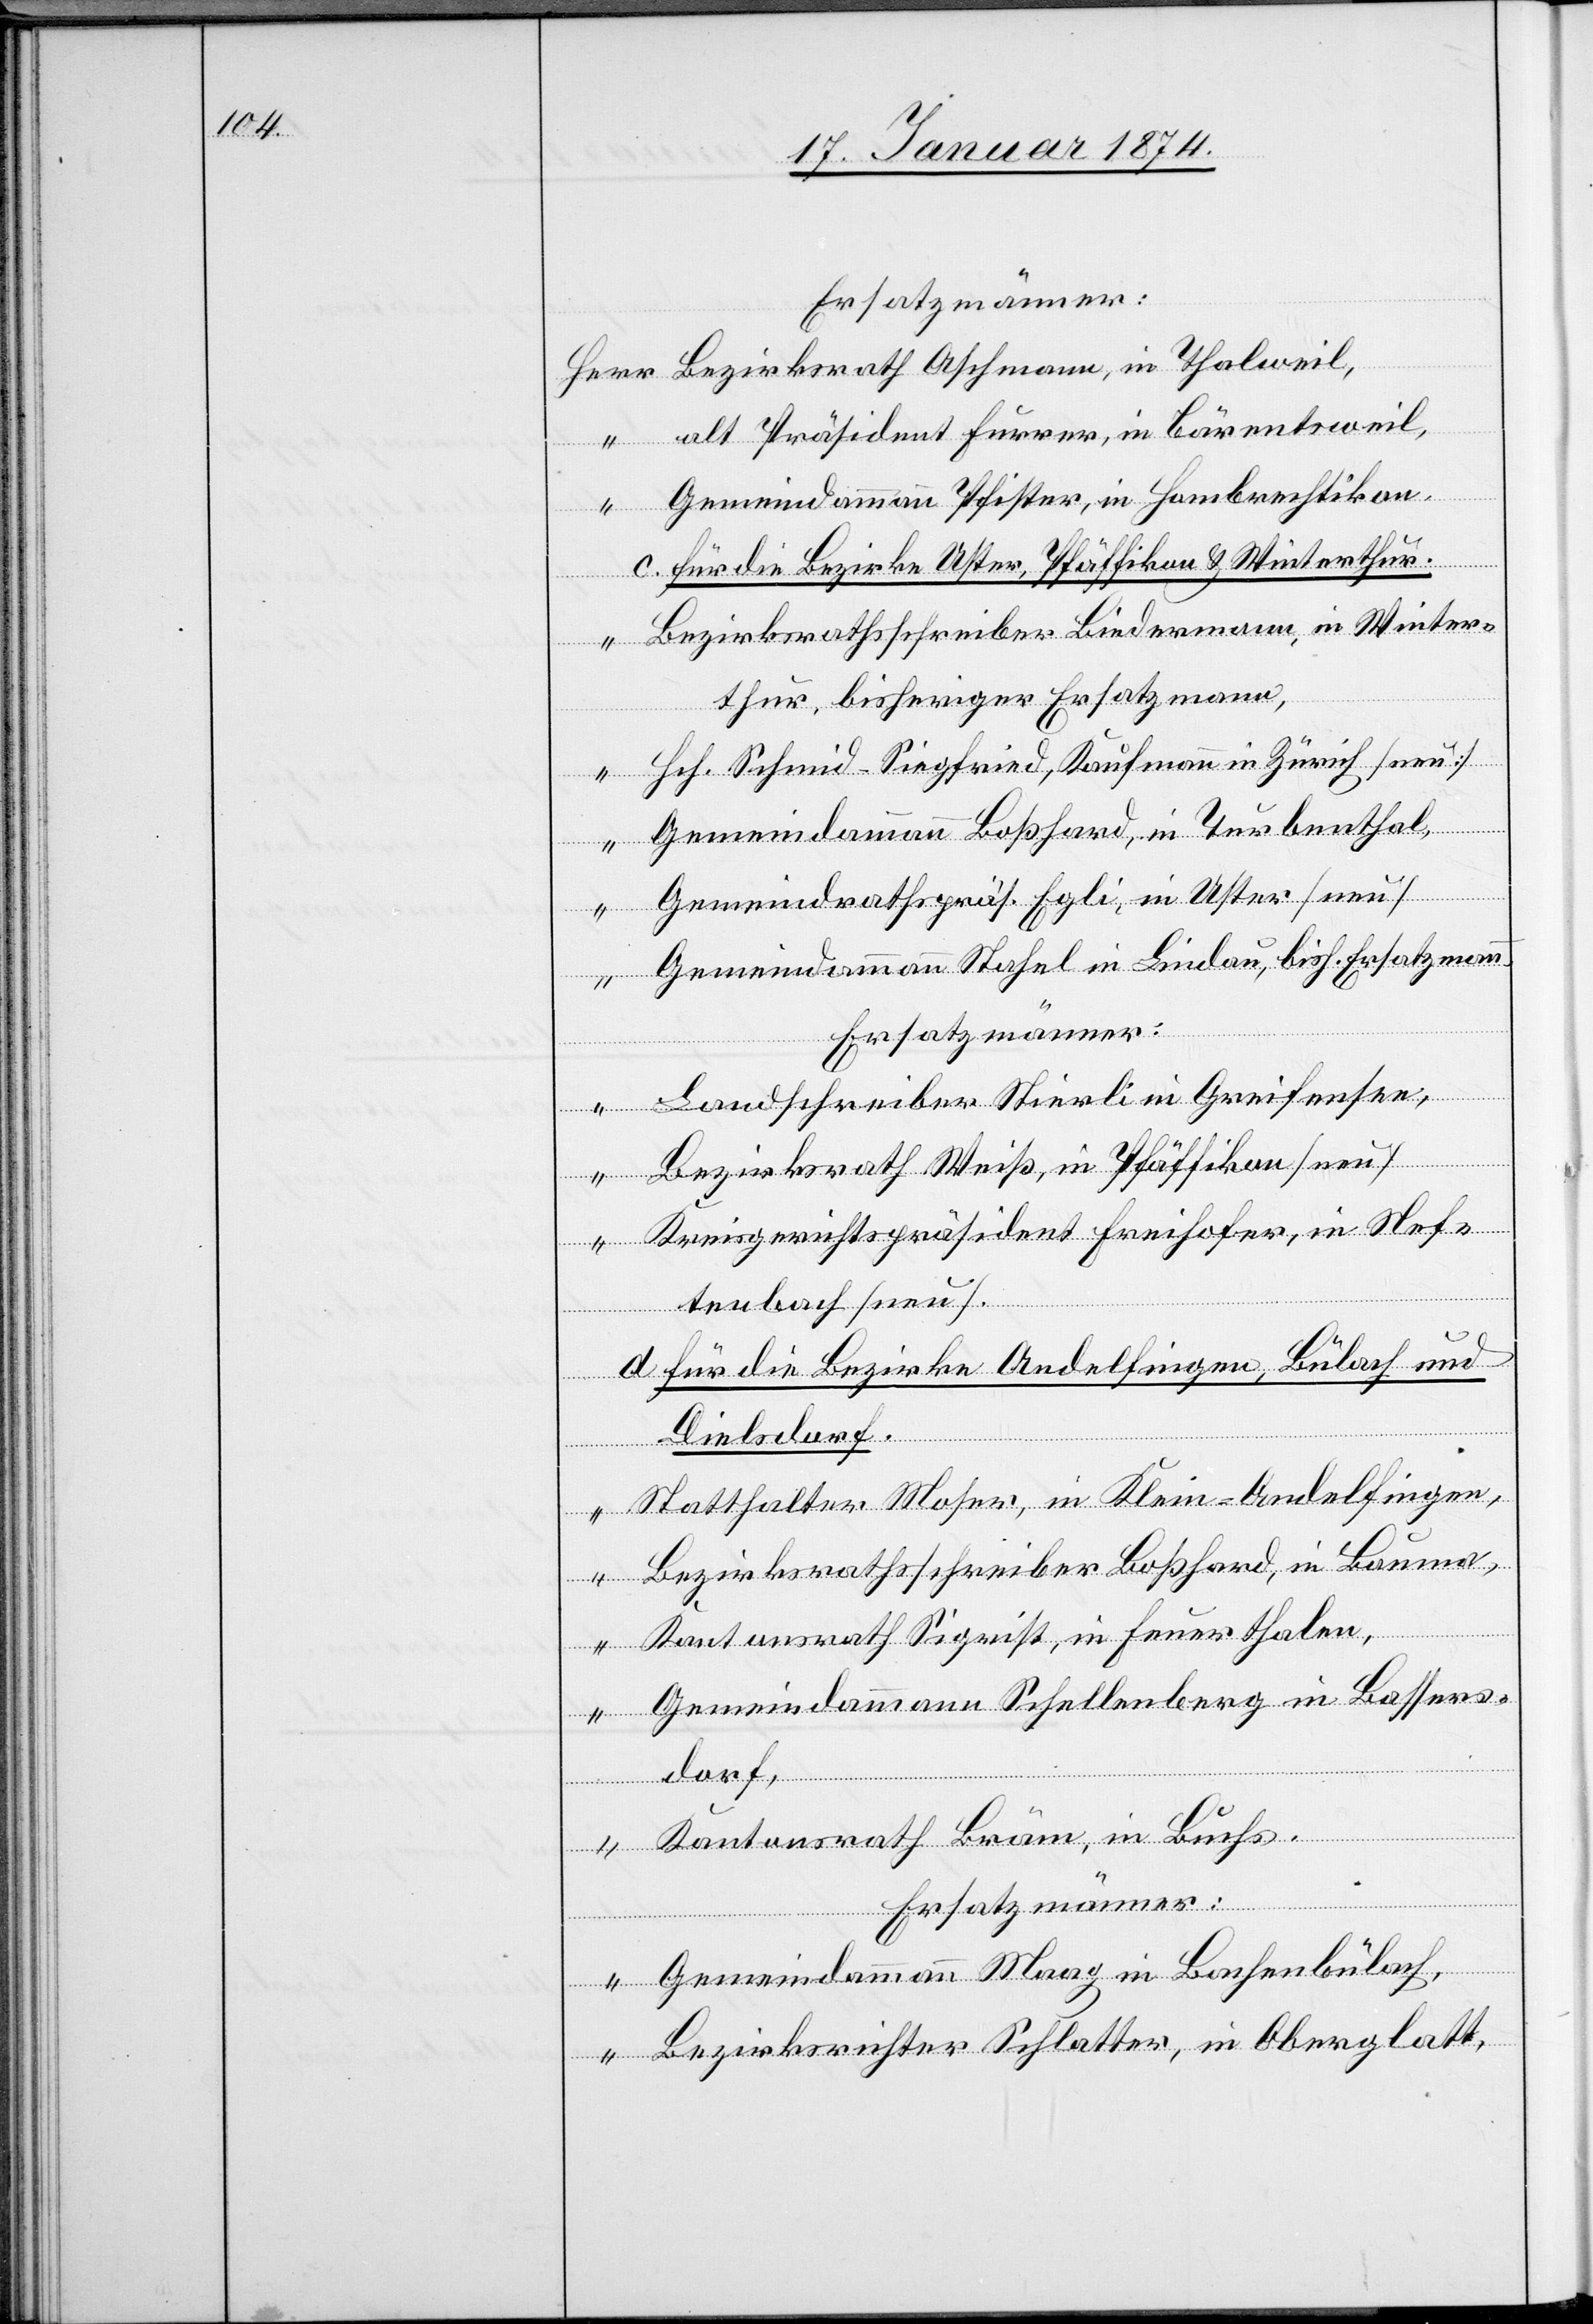
Ersatzmänner:
Herr Bezirksrath Aschmann, in Thalwil,
“ alt Präsident Furrer, in Bärentsweil,
Gemeindammann Pfister, in Hombrechtikon,
c. für die Bezirke Uster, Pfäffikon & Winterthur.
“ Bezirksrathsschreiber Biedermann, in Winter¬
thur, bisheriger Ersatzmann,
“ Hch. Schmid-Siegfried, Kaufmann in Zürich, [neu],
“ Gemeindammann Boßhard, in Turbenthal,
“ Gemeindrathspräs. Egli, in Uster [neu]
Gemeindammann Stahel in Lindau, bish. Ersatzmann
“ Landschreiber Stierli in Greifensee,
“ Bezirksrath Weiß, in Pfäffikon [neu]
“ Kreisrichterpräsident Freihofer, in Nef¬
fenbach [neu]
d. für die Bezirke Andelfingen, Bülach und
Dielsdorf.
“ Statthalter Moher, in Klein-Andelfingen,
“ Bezirksrathsschreiber Boßhard, in Bauma,
“ Kantonsrath Sigrist, in Feuerthalen,
“ Gemeindammann Schellenberg in Bassers¬
dorf,
“ Kantonsrath Bröm, in Buchs.
Ersatzmänner:
“ Gemeindammann Maag in Bachenbülach,
“ Bezirksrichter Schlatter, in Oberglatt,